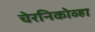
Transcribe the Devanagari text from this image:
चेरनिकोव्हा